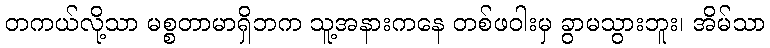
တကယ်လို့သာ မစ္စတာမာရှိဘက သူ့အနားကနေ တစ်ဖဝါးမှ ခွာမသွားဘူး၊ အိမ်သာ